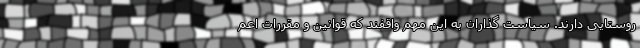
روستایی دارند. سیاست گذاران به این مهم واقفند که قوانین و مقررات اعم